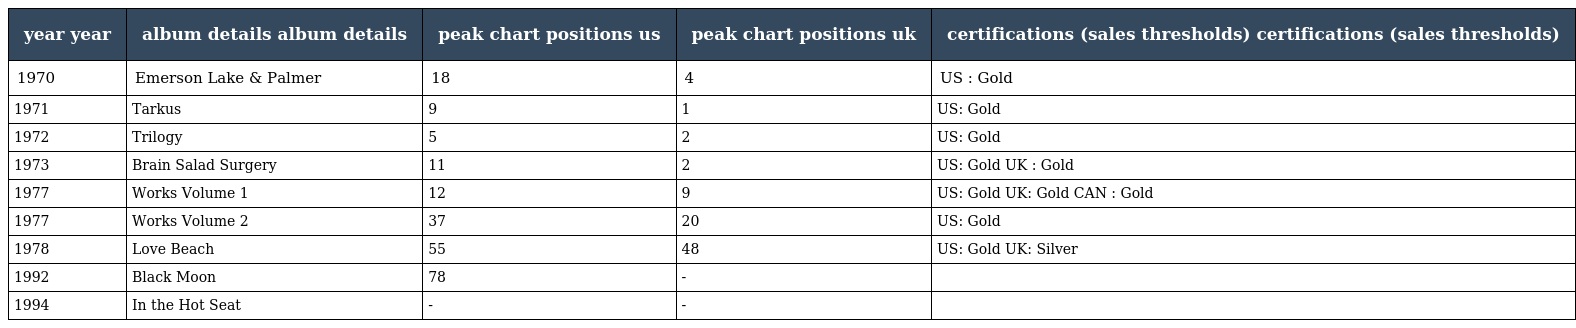
| year year | album details album details | peak chart positions us | peak chart positions uk | certifications (sales thresholds) certifications (sales thresholds) |
 | --- | --- | --- | --- | --- |
 | 1970 | Emerson Lake & Palmer | 18 | 4 | US : Gold |
 | 1971 | Tarkus | 9 | 1 | US: Gold |
 | 1972 | Trilogy | 5 | 2 | US: Gold |
 | 1973 | Brain Salad Surgery | 11 | 2 | US: Gold UK : Gold |
 | 1977 | Works Volume 1 | 12 | 9 | US: Gold UK: Gold CAN : Gold |
 | 1977 | Works Volume 2 | 37 | 20 | US: Gold |
 | 1978 | Love Beach | 55 | 48 | US: Gold UK: Silver |
 | 1992 | Black Moon | 78 | - |  |
 | 1994 | In the Hot Seat | - | - |  |